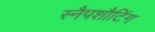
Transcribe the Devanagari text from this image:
स्नैपशौटिंग